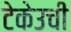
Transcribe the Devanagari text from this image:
टेकेउची